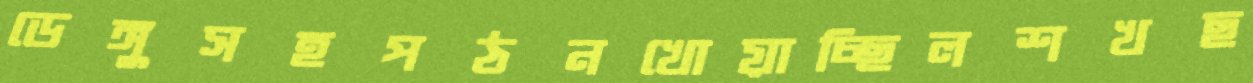
ডেঙ্গুসহপঠনখোয়াচ্ছিলশখছ